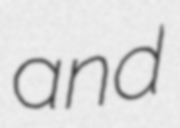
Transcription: and